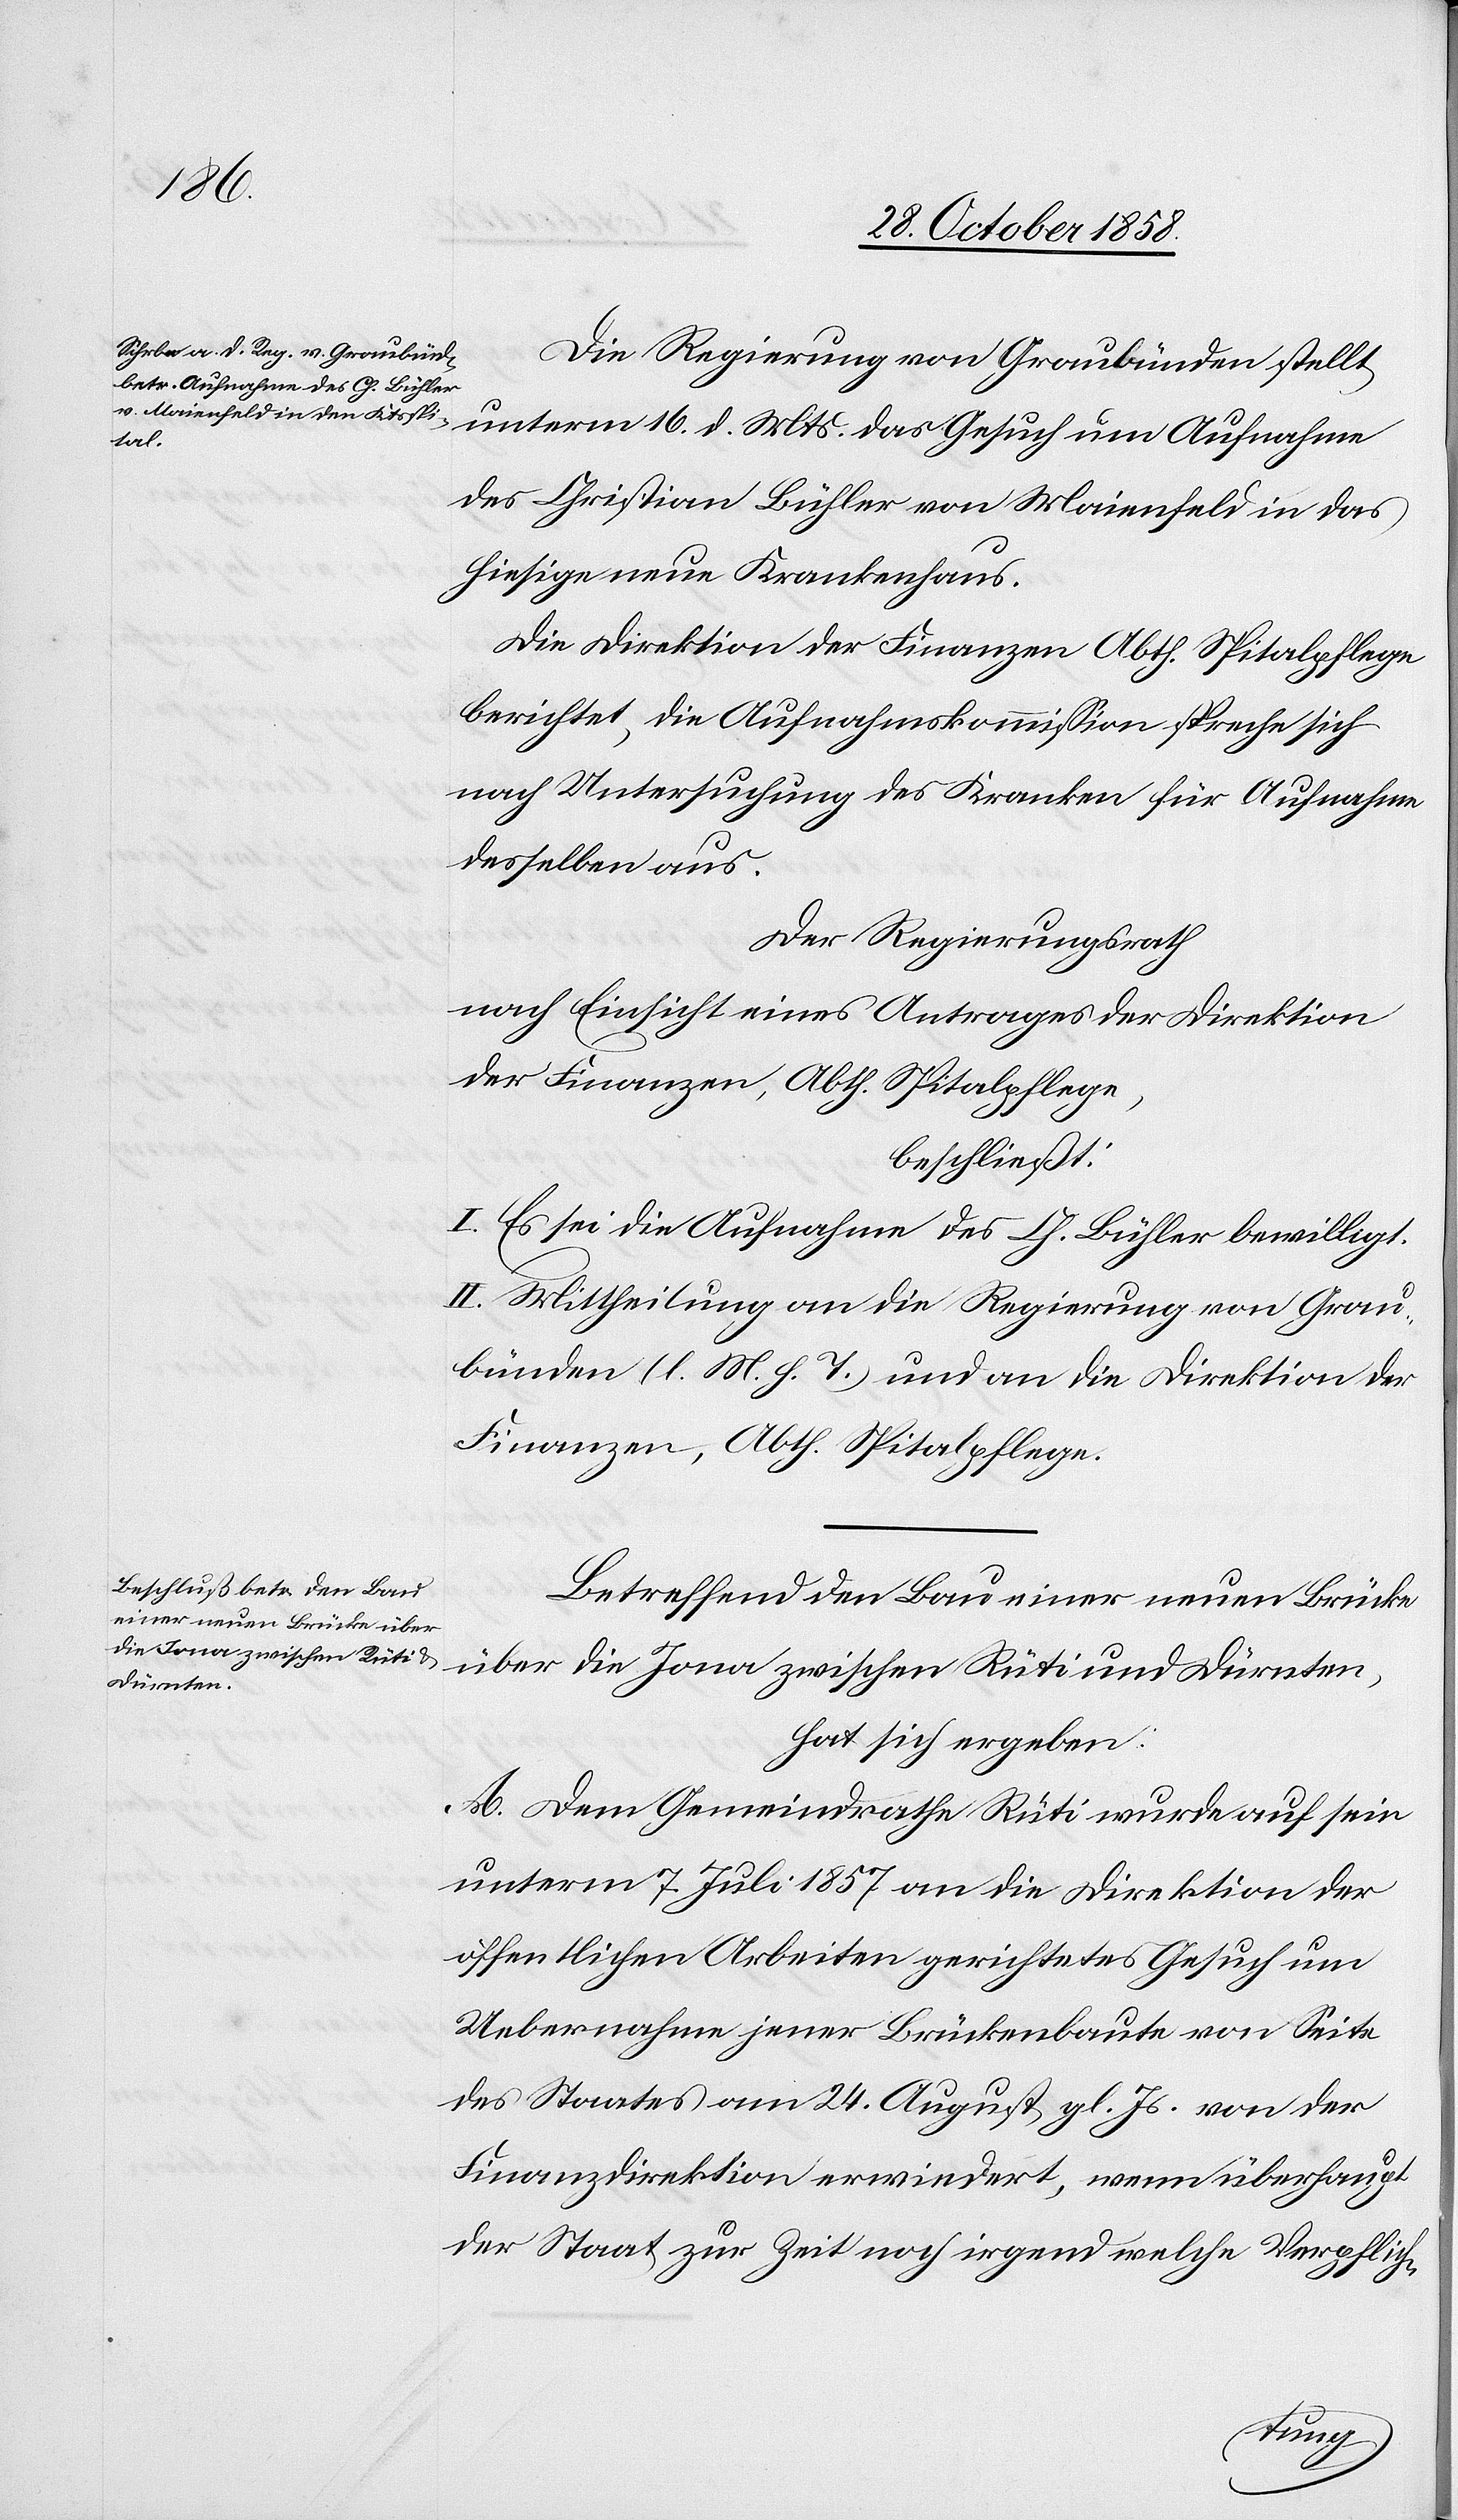
Die Regierung von Graubünden stellt
unterm 16. d. Mts. das Gesuch um Aufnahme
des Christian Bühler von Maienfeld in das
hiesige neue Krankenhaus.
Die Direktion der Finanzen Abth. Spitalpflege
berichtet, die Aufnahmskommission spreche sich
nach Untersuchung des Kranken für Aufnahme
desselben aus.
Der Regierungsrath
nach Einsicht eines Antrages der Direktion
der Finanzen, Abth. Spitalpflege,
beschließt:
I. Es sei die Aufnahme des Ch. Bühler bewilligt.
II. Mittheilung an die Regierung von Grau¬
bünden (l. M. h. T.) und an die Direktion der
Finanzen, Abth. Spitalpflege.
Betreffend den Bau einer neuen Brücke
über die Jona zwischen Rüti und Dürnten,
hat sich ergeben:
A. Dem Gemeindrathe Rüti wurde auf sein
unterm 7. Juli 1857 an die Direktion der
öffentlichen Arbeiten gerichtetes Gesuch um
Uebernahme jener Brückenbaute von Seite
des Staates am 24. August gl. Js. von der
Finanzdirektion erwiedert, wenn überhaupt
der Staat zur Zeit noch irgend welche Verpflich-